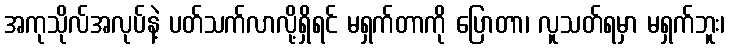
အကုသိုလ်အလုပ်နဲ့ ပတ်သက်လာလို့ရှိရင် မရှက်တာကို ပြောတာ၊ လူသတ်ရမှာ မရှက်ဘူး၊